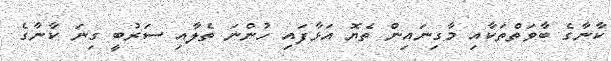
ކާނާގެ ބާވަތްތަކާއި މާގިނައިން ތެޔޮ އަޅާފައި ހުންނަ ތެލާއި ސަރުބީ ގިނަ ކާނާގެ